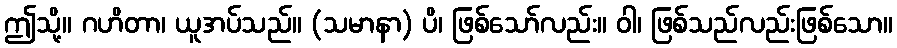
ဤသို့။ ဂဟိတာ၊ ယူအပ်သည်။ (သမာနာ) ပိ၊ ဖြစ်သော်လည်း။ ဝါ၊ ဖြစ်သည်လည်းဖြစ်သော။